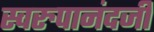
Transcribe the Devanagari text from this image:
स्वरुपानंदजी